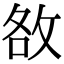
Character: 敋